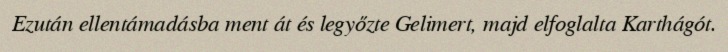
Ezután ellentámadásba ment át és legyőzte Gelimert, majd elfoglalta Karthágót.